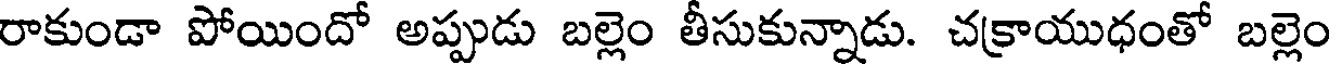
రాకుండా పోయిందో అప్పుడు బల్లెం తీసుకున్నాడు. చక్రాయుధంతో బల్లెం